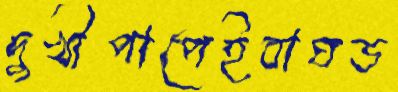
দুখীপাপেইবাঘড